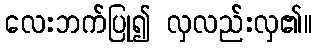
လေးဘက်ပြု၍ လှလည်းလှ၏။